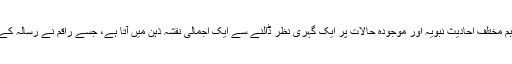
اس کا تعین ممکن نہیں،تاہم مختلف احادیث نبویہ اور موجودہ حالات پر ایک گہری نظر ڈالنے سے ایک اجمالی نقشہ ذہن میں آتا ہے، جسے راقم نے رسالہ کے آخر میں پیش کر دیاہے۔